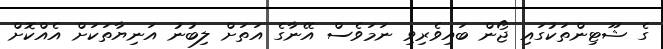
ގެ ޝޫޓިންތަކުގައި ޖޯން ބައިވެރިވި ނަމަވެސް އޭނާގެ އަތަށް ލިބުނު އަނިޔާތަކަށް އެއްކޮށް